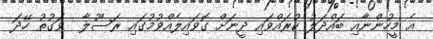
އެ މީހުންނާއި ބައްދަލު ކުރައްވައި ދީނަށް ގޮވައިލެއްވުމުގައި ރަސޫލާ  ވަގުތު ހޭދަ